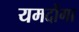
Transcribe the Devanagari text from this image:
यमदोंगा